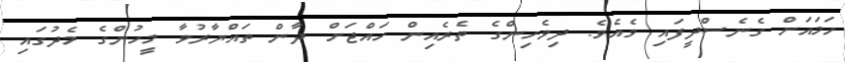
ހަމައަށް ގެނެސްދީފައި ވެއެވެ. ދިވެހިންގެ ތެރެއިން ހައްޖަށް ދާން ތައްޔާރުވާ މީހުންގެ މެދުގައި